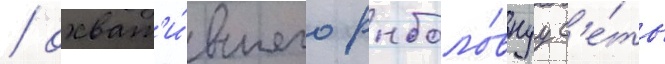
/ охват'и́вшего рыболо́внуу с'е́ть